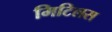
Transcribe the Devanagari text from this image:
मिटिलस